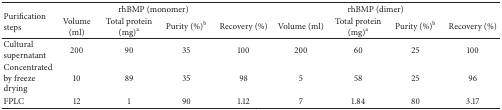
<table><thead><tr><td rowspan="2"><b>Purification steps</b></td><td colspan="4"><b>rhBMP (monomer)</b></td><td colspan="4"><b>rhBMP (dimer)</b></td></tr><tr><td><b>Volume (ml)</b></td><td><b>Total protein (mg)<sup>a</sup></b></td><td><b>Purity (%)<sup>b</sup></b></td><td><b>Recovery (%)</b></td><td><b>Volume (ml)</b></td><td><b>Total protein (mg)<sup>a</sup></b></td><td><b>Purity (%)<sup>b</sup></b></td><td><b>Recovery (%)</b></td></tr></thead><tbody><tr><td>Cultural supernatant</td><td>200</td><td>90</td><td>35</td><td>100</td><td>200</td><td>60</td><td>25</td><td>100</td></tr><tr><td>Concentrated by freeze drying</td><td>10</td><td>89</td><td>35</td><td>98</td><td>5</td><td>58</td><td>25</td><td>96</td></tr><tr><td>FPLC</td><td>12</td><td>1</td><td>90</td><td>1.12</td><td>7</td><td>1.84</td><td>80</td><td>3.17</td></tr></tbody></table>